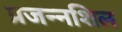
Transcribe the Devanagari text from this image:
प्रजन्नशिल